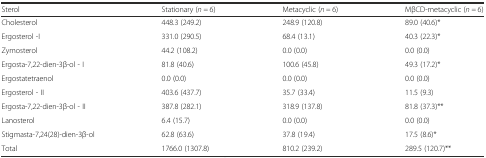
<table><thead><tr><td><b>Sterol</b></td><td><b>Stationary (<i>n =</i> 6)</b></td><td><b>Metacyclic (<i>n =</i> 6)</b></td><td><b>MβCD-metacyclic (<i>n =</i> 6)</b></td></tr></thead><tbody><tr><td>Cholesterol</td><td>448.3 (249.2)</td><td>248.9 (120.8)</td><td>89.0 (40.6)*</td></tr><tr><td>Ergosterol -I</td><td>331.0 (290.5)</td><td>68.4 (13.1)</td><td>40.3 (22.3)*</td></tr><tr><td>Zymosterol</td><td>44.2 (108.2)</td><td>0.0 (0.0)</td><td>0.0 (0.0)</td></tr><tr><td>Ergosta-7,22-dien-3β-ol - I</td><td>81.8 (40.6)</td><td>100.6 (45.8)</td><td>49.3 (17.2)*</td></tr><tr><td>Ergostatetraenol</td><td>0.0 (0.0)</td><td>0.0 (0.0)</td><td>0.0 (0.0)</td></tr><tr><td>Ergosterol - II</td><td>403.6 (437.7)</td><td>35.7 (33.4)</td><td>11.5 (9.3)</td></tr><tr><td>Ergosta-7,22-dien-3β-ol - II</td><td>387.8 (282.1)</td><td>318.9 (137.8)</td><td>81.8 (37.3)**</td></tr><tr><td>Lanosterol</td><td>6.4 (15.7)</td><td>0.0 (0.0)</td><td>0.0 (0.0)</td></tr><tr><td>Stigmasta-7,24(28)-dien-3β-ol</td><td>62.8 (63.6)</td><td>37.8 (19.4)</td><td>17.5 (8.6)*</td></tr><tr><td>Total</td><td>1766.0 (1307.8)</td><td>810.2 (239.2)</td><td>289.5 (120.7)**</td></tr></tbody></table>